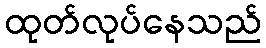
ထုတ်လုပ်နေသည်